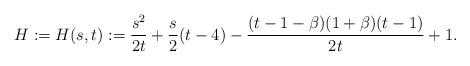
LaTeX: \begin{align*}H:=H(s,t):=\frac{s^2}{2t}+\frac{s}{2}(t-4)-\frac{(t-1-\beta)(1+\beta)(t-1)}{2t}+1.\end{align*}